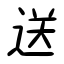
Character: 送